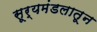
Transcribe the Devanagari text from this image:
सूर्यमंडलातून